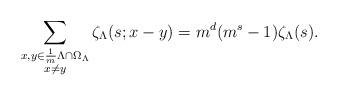
LaTeX: \begin{align*}\sum_{\substack{x, y\in \frac{1}{m}\Lambda\cap\Omega_\Lambda\\x\neq y}}\zeta_\Lambda(s;x-y)=m^d(m^s-1)\zeta_\Lambda(s).\end{align*}